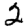
Digit: 2